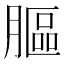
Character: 𦟾